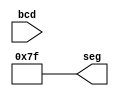
`timescale 1ns / 1ps
//////////////////////////////////////////////////////////////////////////////////
// Company: 
// Engineer: 
// 
// Design Name: 
// Module Name: BCD_7SEGMENT
// Project Name: 
// Target Devices: 
// Tool Versions: 
// Description: 
// 
// Dependencies: 
// 
// Revision:
// Revision 0.01 - File Created
// Additional Comments:
// 
//////////////////////////////////////////////////////////////////////////////////


//Verilog module.
module segment7(
     bcd,
     seg
    );
     
     //Declare inputs,outputs and internal variables.
     input [3:0] bcd;
     output [6:0] seg;
     reg [6:0] seg;

//always block for converting bcd digit into 7 segment format
    always @(bcd)
    begin
        case (bcd) //Write the logic for BCD to 7 Segment Decoder
            
            
            
            
            
            
            
            
            
            
            //switch off 7 segment character when the bcd digit is not a decimal number.
            default : seg = 7'b1111111; 
        endcase
    end
    
endmodule